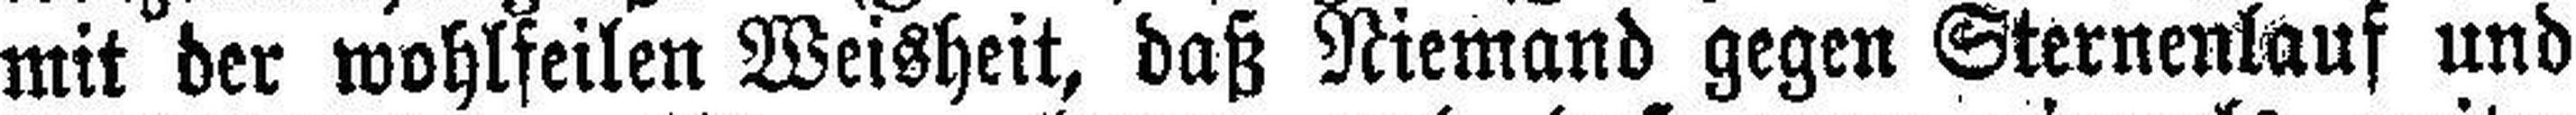
mit der wohlfeilen Weisheit, daß Niemand gegen Sternenlauf und